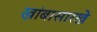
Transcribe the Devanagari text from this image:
खांबासारखे